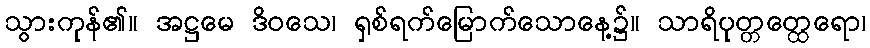
သွားကုန်၏။ အဋ္ဌမေ ဒိဝသေ၊ ရှစ်ရက်မြောက်သောနေ့၌။ သာရိပုတ္တတ္ထေရော၊